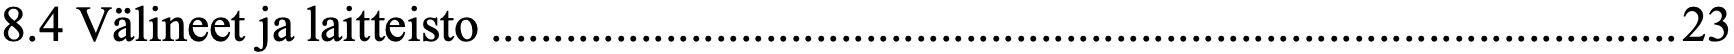
8.4 Välineet ja laitteisto ............................................................................................... 23